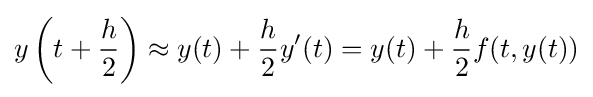
y\left(t+{\frac {h}{2}}\right)\approx y(t)+{\frac {h}{2}}y'(t)=y(t)+{\frac {h}{2}}f(t,y(t))